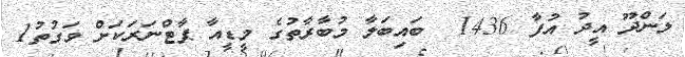
ލަންދޫ އީދު އުފާ 1436  ބައިބަލާ މުބާރާތުގެ މީޑީއާ ޕާޓްނަރަކަށް ވަގުތު1